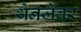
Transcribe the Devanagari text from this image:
थेनजेवर